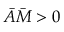
\bar { A } \bar { M } > 0